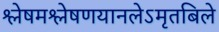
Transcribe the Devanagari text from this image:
श्लेषमश्लेषणयानलेऽमृतबिले